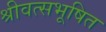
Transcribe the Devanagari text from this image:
श्रीवत्सभूषित